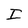
Character: I